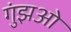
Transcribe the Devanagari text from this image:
गुंझओ